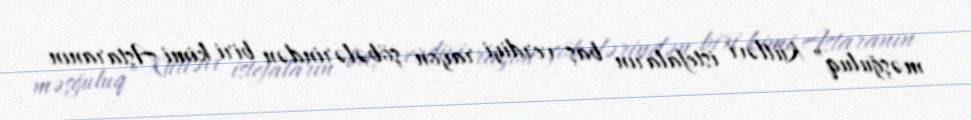
məşğuluq” Kütləvi istefaların baş verdiyi rayon şöbələrindən biri kimi Astaranın